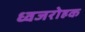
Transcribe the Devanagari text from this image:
ध्वजरोहक